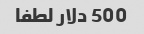
500 دلار لطفا